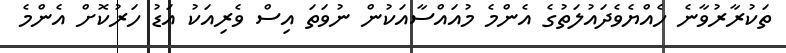
ތަކުރާރުވާނެ ހެއްޔެވެދައުލަތުގެ އެންމެ މުއައްސާއަކުން ނުވަތަ އިސް ވެރިއަކު އަޑު ހަރުކޮށް އެންމެ